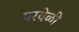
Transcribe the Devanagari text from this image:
परयेळी